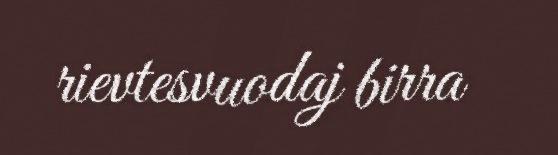
rievtesvuodaj birra